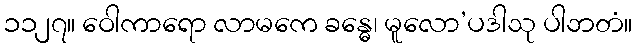
၁၁၂၇။ ဝေါကာရော လာမကေ ခန္ဓေ၊ မူလော’ပဒါသု ပါဘတံ။